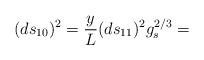
LaTeX: \begin{align*}(ds_{10})^2 = \frac{y}{L} (ds_{11})^2 g_{s}^{2/3} =\end{align*}